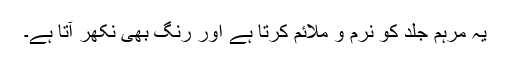
یہ مرہم جلد کو نرم و ملائم کرتا ہے اور رنگ بھی نکھر آتا ہے۔